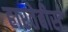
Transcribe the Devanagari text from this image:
हारतेबीस्ट